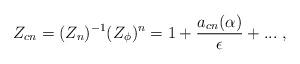
LaTeX: \begin{align*}Z_{cn}= ({Z}_n)^{-1} (Z_\phi)^n = 1 + \frac{a_{cn} (\alpha)}{\epsilon}+ ... \; ,\end{align*}